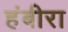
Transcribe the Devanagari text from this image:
हंबीरा